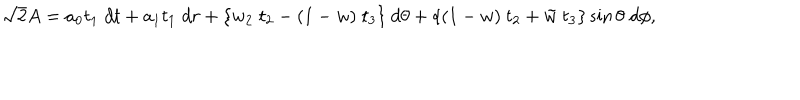
\sqrt { 2 } A = a _ { 0 } t _ { 1 } \; d t + a _ { 1 } t _ { 1 } \; d r + \{ w _ { 2 } \; t _ { 2 } - ( 1 - w ) \; t _ { 3 } \} \ d \theta + \{ ( 1 - w ) \ t _ { 2 } + \tilde { w } \; t _ { 3 } \} \sin \theta \; d \phi ,